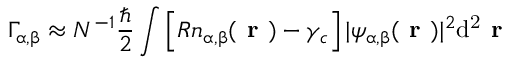
\Gamma _ { \upalpha , \upbeta } \approx N ^ { - 1 } \frac { \hbar } { 2 } \int \left[ R n _ { \upalpha , \upbeta } ( \textbf { r } ) - \gamma _ { c } \right] | \psi _ { \upalpha , \upbeta } ( \textbf { r } ) | ^ { 2 } \mathrm { d ^ { 2 } } \textbf { r }